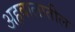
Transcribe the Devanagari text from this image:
अहवालातील